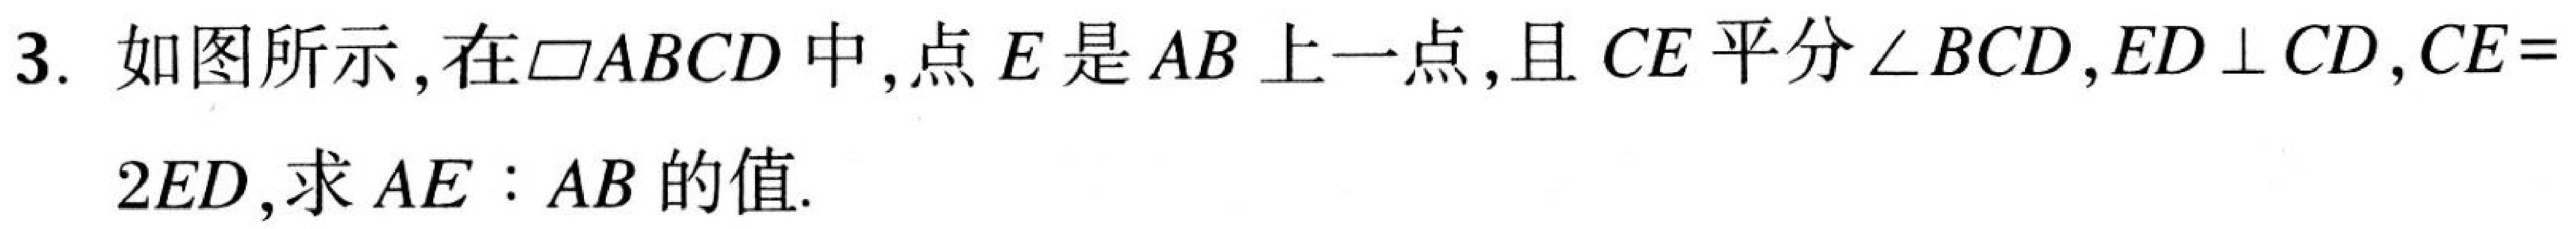
3. 如图所示，在$\square ABCD$中，点$E$是$AB$上一点，且$CE$平分$\angle BCD$，$ED\perp CD$，$CE = 2ED$，求$AE:AB$的值.